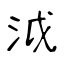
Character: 泧